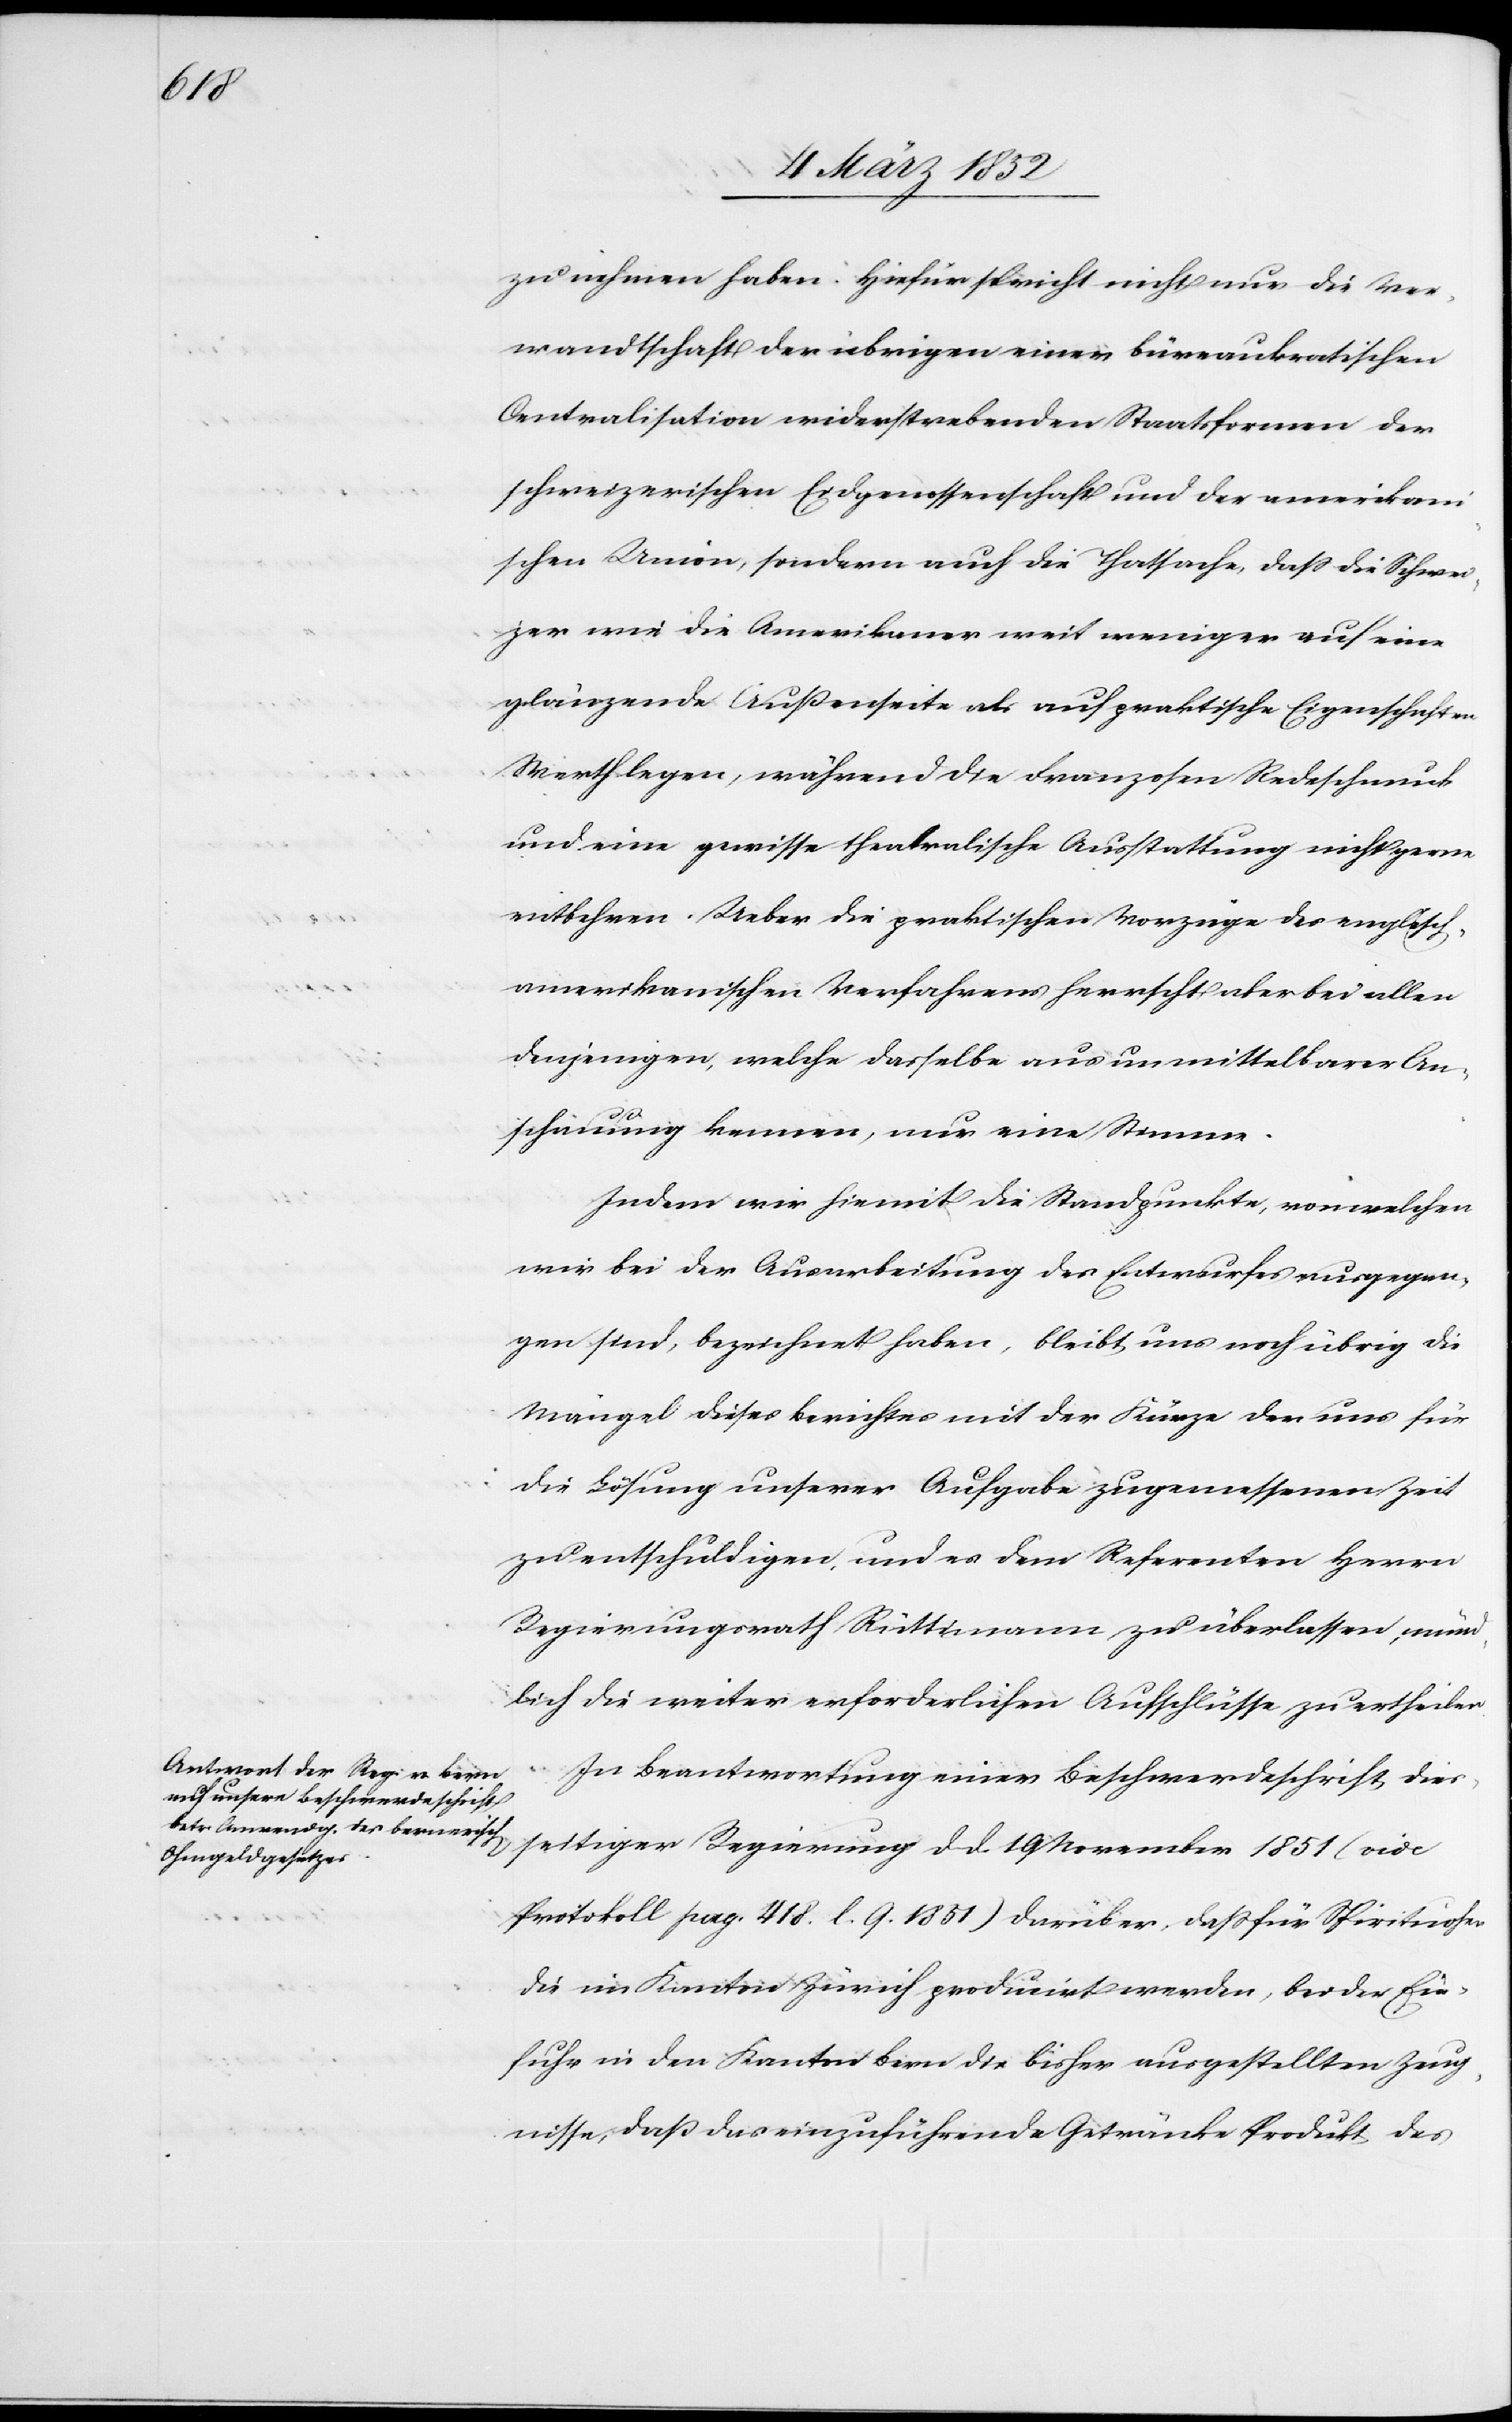
zu nehmen haben. Hiefür spricht nicht nur die Ver¬
wandtschaft der übrigen einer büreaukratischen
Centralisation widerstrebenden Staatsformen der
schweizerischen Eidgenossenschaft und der amerikan¬
ischen Union, sondern auch die Thatsache, daß die Schwei¬
zer und die Amerikaner weit weniger auf eine
glänzende Außenseite als auf praktische Eigenschaften
Werth legen, während die Franzosen Redeschmuck
und eine gewisse theatralische Ausstattung nicht gerne
entbehren. Ueber die praktischen Vorzüge des englisc¬
h-amerikanischen Verfahrens herrscht aber bei allen
denjenigen, welche dasselbe aus unmittelbarer An¬
schauung kennen, nur eine Stimme.
Indem wir hiermit die Standpunkte, von welchen
wir bei der Ausarbeitung des Entwurfes ausgegan¬
gen sind, bezeichnet haben, bleibt uns noch übrig die
Mängel dieses Berichtes mit der Kürze der uns für
die Lösung unserer Aufgabe zugemessenen Zeit
zu entschuldigen, und es dem Referenten Herrn
Regierungsrath Rüttimann zu überlassen, münd¬
lich die weiter erforderlichen Aufschlüsse zu ertheilen.
In Beantwortung einer Beschwerdeschrift dies¬
seitiger Regierung d. d. 19 November 1851 (vide
Protokoll pag. 418. l. Q. 1851) darüber, daß für Spirituosen
die im Kanton Zürich producirt werden, bei der Ein¬
fuhr in den Kanton Bern die bisher ausgestellten Zeug¬
nisse, daß das einzuführende Getränke Produkt des